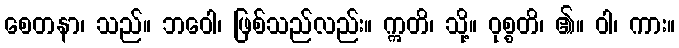
စေတနာ၊ သည်။ ဘဝေါ၊ ဖြစ်သည်လည်း။ ဣတိ၊ သို့။ ဝုစ္စတိ၊ ၏။ ဝါ၊ ကား။